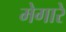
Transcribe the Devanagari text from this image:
मेगारे